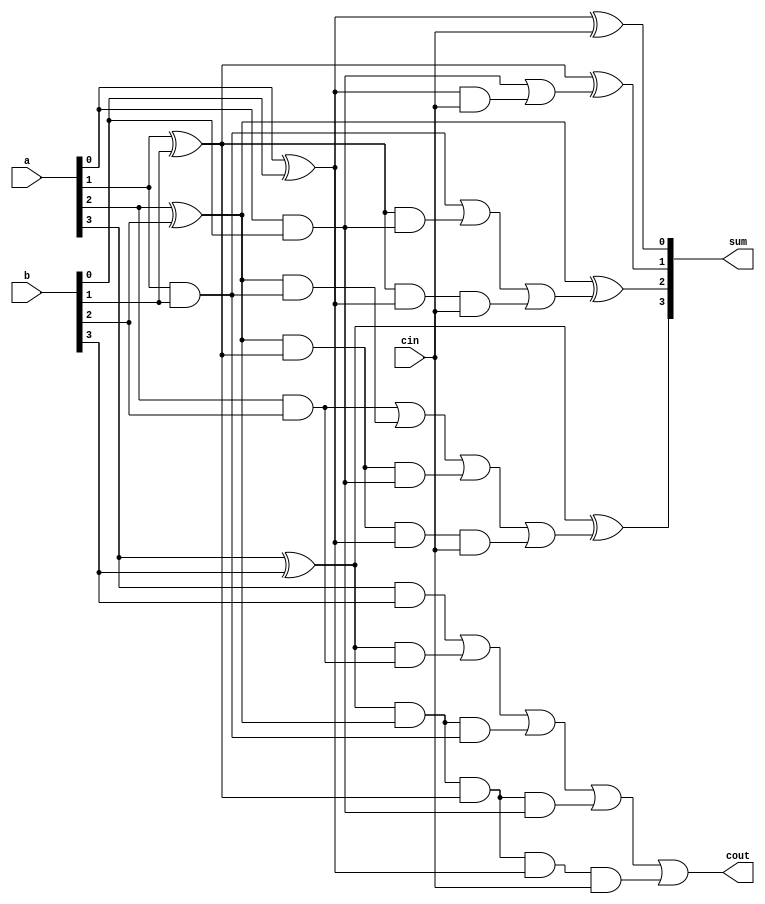
`timescale 1ns / 1ps
//////////////////////////////////////////////////////////////////////////////////
// Company: 
// Engineer: 
// 
// Design Name: 
// Module Name: carry_lookahead
// Project Name: 
// Target Devices: 
// Tool Versions: 
// Description: 
// 
// Dependencies: 
// 
// Revision:
// Revision 0.01 - File Created
// Additional Comments:
// 
//////////////////////////////////////////////////////////////////////////////////


module carry_lookahead(sum,cout,a,b,cin);
input [3:0]a,b;
input cin;
output [3:0]sum;
output cout;
wire p0,p1,p2,p3,g0,g1,g2,g3;
wire c4,c3,c2,c1;
assign p0=a[0]^b[0],
       p1=a[1]^b[1],
       p2=a[2]^b[2],
       p3=a[3]^b[3];
       
assign g0=a[0]&b[0],      
       g1=a[1]&b[1],
       g2=a[2]&b[2],
       g3=a[3]&b[3];
       
assign c1=g0|(p0&cin),
       c2=g1|(p1&g0)|(p1&p0&cin),
       c3=g2|(p2&g1)|(p2&p1&g0)|(p2&p1&p0&cin),
       c4=g3|(p3&g2)|(p3&p2&g1)|(p3&p2&p1&g0)|(p3&p2&p1&p0&cin);
       
 assign sum[0]=p0^cin,
        sum[1]=p1^c1,
        sum[2]=p2^c2,
        sum[3]=p3^c3;
 assign cout=c4;       
       
endmodule